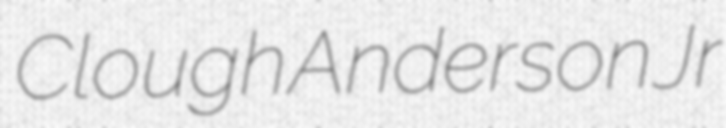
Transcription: Clough Anderson Jr